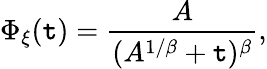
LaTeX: \Phi_{\xi}(\mathtt{t})=\frac{{A}}{{(A^{1/\beta}+\mathtt{t})^{\beta}}},